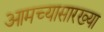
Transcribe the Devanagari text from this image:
आमच्यासारख्या